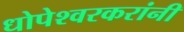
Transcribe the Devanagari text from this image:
धोपेश्वरकरांनी